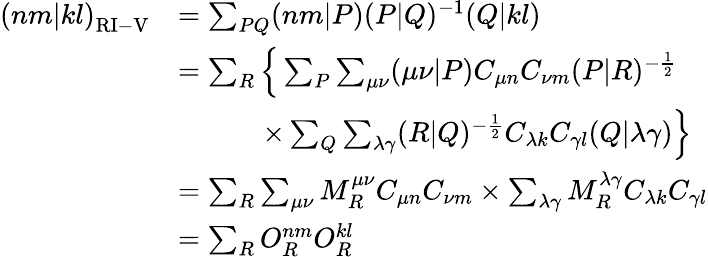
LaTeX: \begin{array}{rl}{{(nm|kl)}_{\mathrm{RI-V}}}&{=\sum_{PQ}(nm|P)(P|Q)^{-1}(Q|kl)}\\ &{=\sum_{R}\Big\{ \sum_{P}\sum_{\mu\nu}(\mu\nu|P)C_{\mu n}C_{\nu m}(P|R)^{-\frac{1}{2}}}\\ &{\qquad\quad\times\sum_{Q}\sum_{\lambda\gamma}(R|Q)^{-\frac{1}{2}}C_{\lambda k}C_{\gamma l}(Q|\lambda\gamma)\Big\} }\\ &{=\sum_{R}\sum_{\mu\nu}M_{R}^{\mu\nu}C_{\mu n}C_{\nu m}\times\sum_{\lambda\gamma}M_{R}^{\lambda\gamma}C_{\lambda k}C_{\gamma l}}\\ &{=\sum_{R}O_{R}^{nm}O_{R}^{kl}}\end{array}